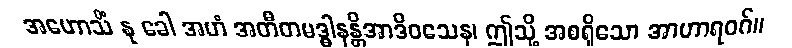
အဟောသိံ နု ခေါ အဟံ အတီတမဒ္ဓါနန္တိအာဒိဝသေန၊ ဤသို့ အစရှိသော အာဟာရဝဂ်။